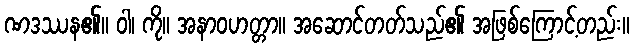
ဏဒဿန၏။ ဝါ၊ ကို။ အနာဝဟတ္တာ။ အဆောင်တတ်သည်၏ အဖြစ်ကြောင့်တည်း။